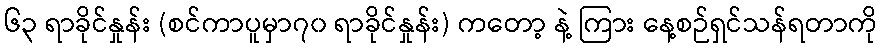
၆၃ ရာခိုင်နှုန်း (စင်ကာပူမှာ၇၀ ရာခိုင်နှုန်း) ကတော့ နဲ့ ကြား နေ့စဉ်ရှင်သန်ရတာကို